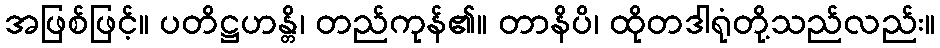
အဖြစ်ဖြင့်။ ပတိဋ္ဌဟန္တိ၊ တည်ကုန်၏။ တာနိပိ၊ ထိုတဒါရုံတို့သည်လည်း။